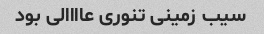
سیب زمینی تنوری عاااالی بود